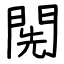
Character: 𨴐